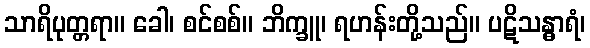
သာရိပုတ္တရာ။ ခေါ၊ စင်စစ်။ ဘိက္ခူ၊ ရဟန်းတို့သည်။ ပဋိသန္ဓာရံ၊